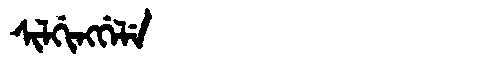
Manchu: ᠰᡳᠯᡤᡳᠩᡤᡝᠯᡝ
Romanization: SILGINGGELE